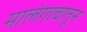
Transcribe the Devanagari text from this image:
मालेगावातून